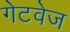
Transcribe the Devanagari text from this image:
गेटवेज